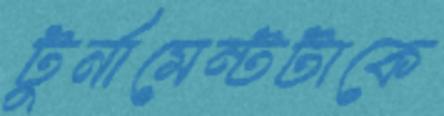
টুর্নামেন্টটাকে